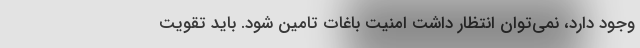
وجود دارد، نمی‌توان انتظار داشت امنیت باغات تامین شود. باید تقویت